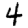
Digit: 4